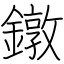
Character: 鐓